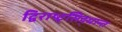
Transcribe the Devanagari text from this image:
द्विराष्ट्रसिद्धान्त